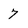
Character: 7